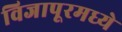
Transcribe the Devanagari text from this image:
विजापूरमध्ये